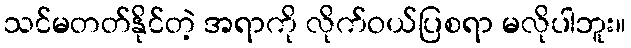
သင်မတတ်နိုင်တဲ့ အရာကို လိုက်ဝယ်ပြစရာ မလိုပါဘူး။